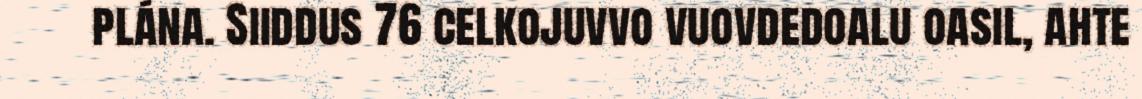
plána. Siiddus 76 celkojuvvo vuovdedoalu oasil, ahte